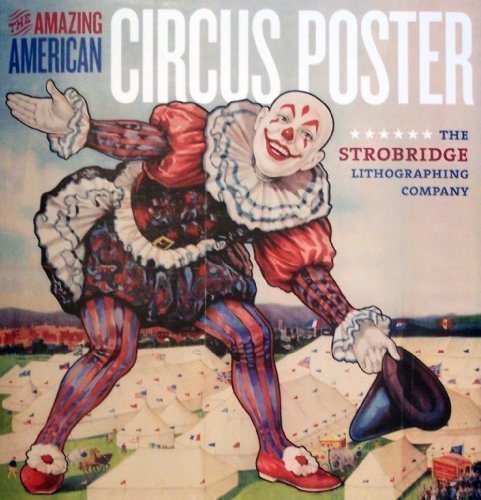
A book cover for The Amazing American Circus Poster: The Strobridge Lithographing Company; Crafts, Hobbies & Home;